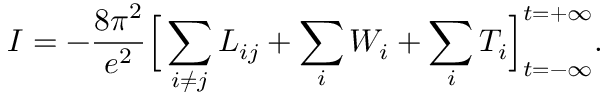
I = - \frac { 8 \pi ^ { 2 } } { e ^ { 2 } } \Big [ \sum _ { i \neq j } { \cal L } _ { i j } + \sum _ { i } { \cal W } _ { i } + \sum _ { i } { \cal T } _ { i } \Big ] _ { t = - \infty } ^ { t = + \infty } .